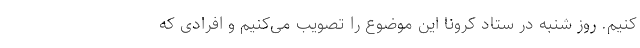
کنیم. روز شنبه در ستاد کرونا این موضوع را تصویب می‌کنیم و افرادی که